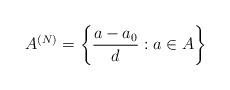
LaTeX: \begin{align*}A^{(N)} = \left\{ \frac{a-a_0}{d} : a \in A \right\}\end{align*}